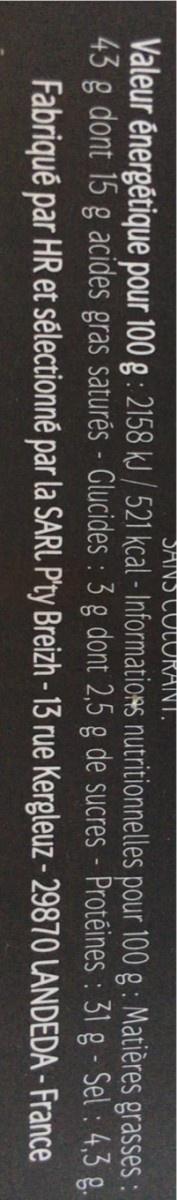
SANS COLORANT.
Valeur énergétique pour 100 g: 2158 kJ/ 521 kcal - Informations nutritionnelles pour 100 g: Matières grasses : 43 g dont 15 g acides gras saturés - Glucides: 3 g dont 2,5 g de sucres - Protéines : 31 g - Sel: 4,3 g.
Fabriqué par HR et sélectionné par la SARL P'ty Breizh - 13 rue Kergleuz-29870
LANDEDA
- France